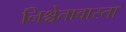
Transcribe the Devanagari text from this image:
निश्चेतावास्ता